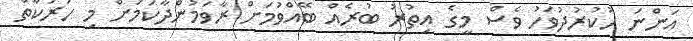
އަންނަ ހުކުރުދުވަހު ވެސް މީގެ އިތުރު ބުރެއް ބޭއްވުމަށް ރާވަމުންދާކަމަށް މި ހަރަކާތް